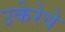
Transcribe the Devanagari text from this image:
उकेरेवे